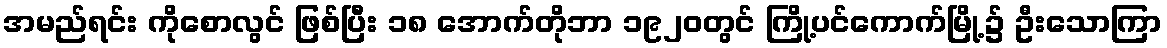
အမည်ရင်း ကိုစောလွင် ဖြစ်ပြီး ၁၈ အောက်တိုဘာ ၁၉၂၀တွင် ကြို့ပင်ကောက်မြို့၌ ဦးသောကြာ